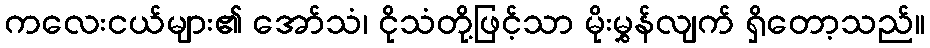
ကလေးငယ်များ၏ အော်သံ၊ ငိုသံတို့ဖြင့်သာ မိုးမွှန်လျက် ရှိတော့သည်။